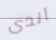
آندى